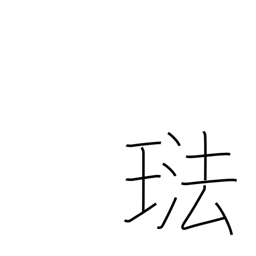
Meaning: enamel